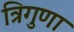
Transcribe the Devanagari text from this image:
त्रिगुणा